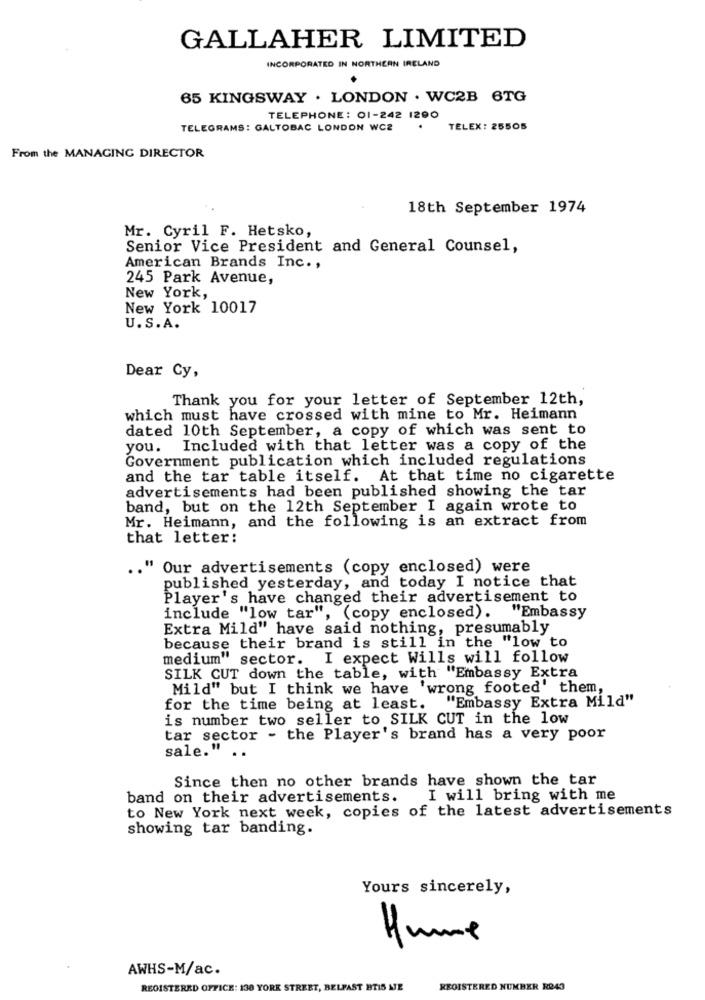
GALLAHER LIMITED
INCORPORATED IN NORTHERN IRELAND
65 KINGSWAY . LONDON . WC2B 6TG
TELEPHONE: 01-242 1290
TELEGRAMS: GALTOBAC LONDON WCZ
TELEX: 25505
From the MANAGING DIRECTOR
18th September 1974
Mr. Cyril F. Hetsko,
Senior Vice President and General Counsel,
American Brands Inc .,
245 Park Avenue,
New York,
New York 10017
U.S.A.
Dear Cy,
Thank you for your letter of September 12th,
which must have crossed with mine to Mr. Heimann
dated 10th September, a copy of which was sent to
you. Included with that letter was a copy of the
Government publication which included regulations
and the tar table itself. At that time no cigarette
advertisements had been published showing the tar
band, but on the 12th September I again wrote to
Mr. Heimann, and the following is an extract from
that letter:
.. " Our advertisements (copy enclosed) were
published yesterday, and today I notice that
Player's have changed their advertisement to
include "low tar", (copy enclosed).
"Embassy
Extra Mild" have said nothing, presumably
because their brand is still in the "low to
medium" sector. I expect Wills will follow
SILK CUT down the table, with "Embassy Extra
Mild" but I think we have 'wrong footed' them,
"Embassy Extra Mild"
for the time being at least.
is number two seller to SILK CUT in the low
tar sector - the Player's brand has a very poor
sale." ..
Since then no other brands have shown the tar
band on their advertisements.
I will bring with me
to New York next week, copies of the latest advertisements
showing tar banding.
Yours sincerely,
Hume
AWHS-M/ac.
REGISTERED OFFICE: 138 YORK STREET, BELFAST BTIS NIE
REGISTERED NUMBER R243